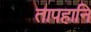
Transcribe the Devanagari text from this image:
तापहानि